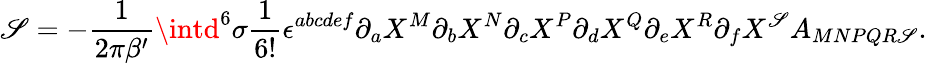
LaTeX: {\cal\mathscr{S}}=-{\frac{{1}}{{2\pi\beta^{\prime}}}}\intd^{6}\sigma{\frac{{1}}{{6!}}}\epsilon^{abcdef}\partial_{a}X^{M}\partial_{b}X^{N}\partial_{c}X^{P}\partial_{d}X^{Q}\partial_{e}X^{R}\partial_{f}X^{\mathscr{S}}A_{MNPQR\mathscr{S}}.